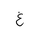
Letter: _gayn